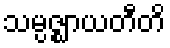
သမ္ပဇ္ဈာယတီတိ